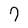
Character: 7